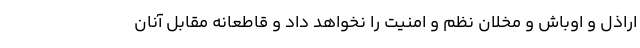
اراذل و اوباش و مخلان نظم و امنیت را نخواهد داد و قاطعانه مقابل آنان